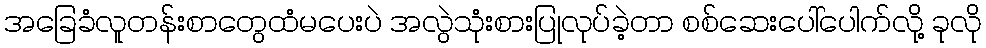
အခြေခံလူတန်းစာတွေထံမပေးပဲ အလွဲသုံးစားပြုလုပ်ခဲ့တာ စစ်ဆေးပေါ်ပေါက်လို့ ခုလို